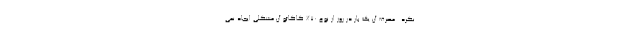
نکرد . مصرف آن یک بار در روز از نوع 70% کاکائو آن مشکلی ایجاد نمی